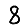
Digit: 8